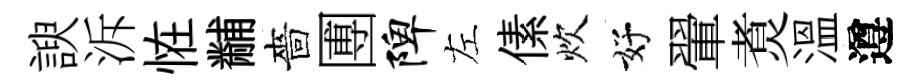
諛泝恠黼嗇圑陴左傃炊好翬煑溫遵